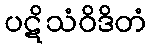
ပဋိသံဝိဒိတံ